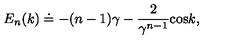
E _ { n } ( k ) \doteq - ( n - 1 ) \gamma - { \frac { 2 } { \gamma \sp { n - 1 } } } \mathrm { c o s } k ,